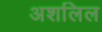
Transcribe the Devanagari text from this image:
अशलिल